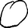
Digit: 0